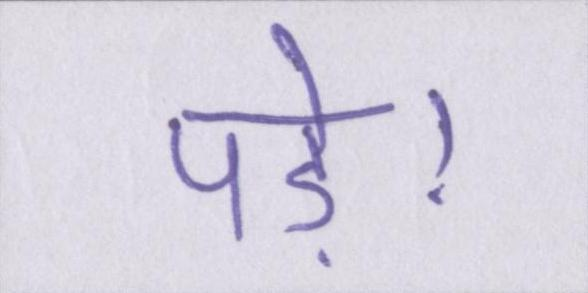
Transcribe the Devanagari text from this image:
पड़े।